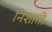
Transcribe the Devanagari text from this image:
निशाती